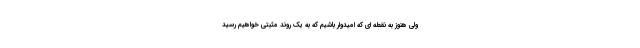
ولی هنوز به نقطه ای که امیدوار باشیم که به یک روند مثبتی خواهیم رسید